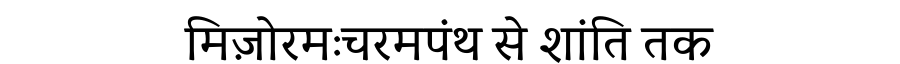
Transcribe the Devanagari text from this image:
मिज़ोरमःचरमपंथ से शांति तक